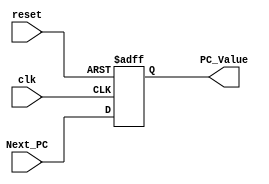
/******************************************************************
* Description
*	This is a register of 32-bit that corresponds to the PC counter. 
*	This register does not have an enable signal.
* Version:
*	1.0
* Author:
*	Dr. Jos Luis Pizano Escalante
* email:
*	luispizano@iteso.mx
* Date:
*	16/08/2021
******************************************************************/

module PC_Register
#(
	parameter N=32
)
(
	input clk,
	input reset,
	input  [N-1:0] Next_PC,
	
	
	output reg [N-1:0] PC_Value
);

always@(negedge reset or posedge clk) begin
	if(reset==0)
		PC_Value <= 0;
	else	
		PC_Value<= Next_PC;
end

endmodule